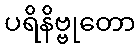
ပရိနိဗ္ဗုတော